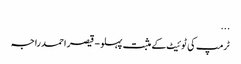
...
ٹرمپ کی ٹوئیٹ کے مثبت پہلو - قیصر احمد راجہ